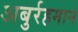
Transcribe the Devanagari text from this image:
अबुर्रहमान